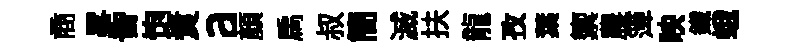
商畧昏饱煑a顔扄叔簡滅扶龍孜葉籞農𥱼映鐵蛾